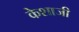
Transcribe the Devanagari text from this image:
केशाजी